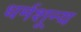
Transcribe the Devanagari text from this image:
धर्मशून्य